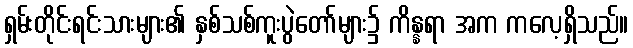
ရှမ်းတိုင်းရင်းသားများ၏ နှစ်သစ်ကူးပွဲတော်များ၌ ကိန္နရာ အက ကလေ့ရှိသည်။